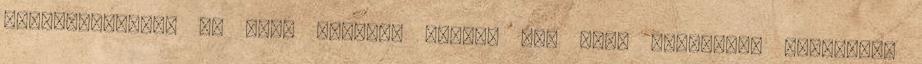
próbálkozástól Az élet folyton másol: még élek lealázva. Álmosító,